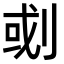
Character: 𠜻